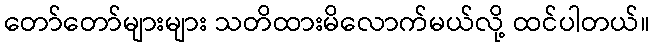
တော်တော်များများ သတိထားမိလောက်မယ်လို့ ထင်ပါတယ်။